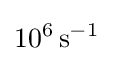
10^{6}\,{\text{s}}^{-1}